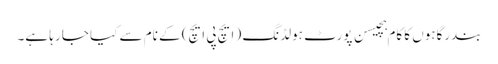
بندرگاہوں کا کام ہچیسن پورٹ ہولڈنگ ( ایچ پی ایچ) کے نام سے کیا جا رہا ہے۔